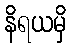
နိရယမှိ